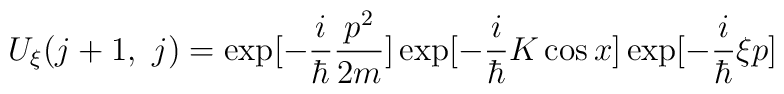
U_\xi(j+1,~j)=   \exp [ -\frac{i}{\hbar}  \frac{p^2}{2m}]    \exp [ -\frac{i}{\hbar}  K\cos x ]    \exp [ -\frac{i}{\hbar}  \xi p ]